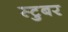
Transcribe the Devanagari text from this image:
स्टुबर